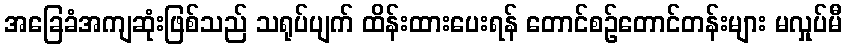
အခြေခံအကျဆုံးဖြစ်သည် သရုပ်ပျက် ထိန်းထားပေးရန် တောင်စဉ်တောင်တန်းများ မလှုပ်မီ